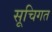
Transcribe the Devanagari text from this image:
सूचिगत